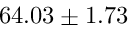
6 4 . 0 3 \pm 1 . 7 3